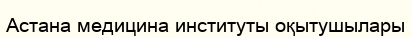
Астана медицина институты оқытушылары